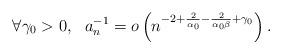
LaTeX: \begin{align*}\forall\gamma_0>0,\ \ a_n^{-1}=o\left( n^{-2+\frac 2{\alpha_0}- \frac 2{\alpha_0\beta}+\gamma_0}\right).\end{align*}